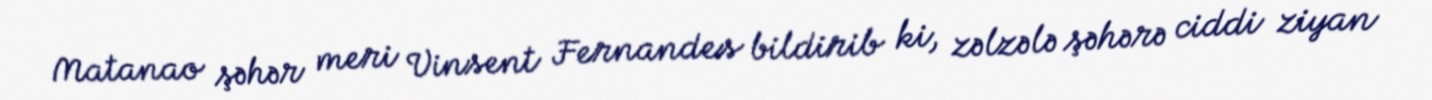
Matanao şəhər meri Vinsent Fernandes bildirib ki, zəlzələ şəhərə ciddi ziyan